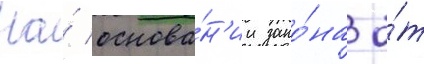
На́ основа́н'ии зако́на о́т